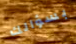
بسؤالك